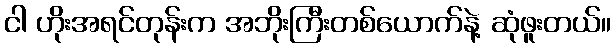
ငါ ဟိုးအရင်တုန်းက အဘိုးကြီးတစ်ယောက်နဲ့ ဆုံဖူးတယ်။